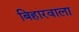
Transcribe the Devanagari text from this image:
बिहारवाला